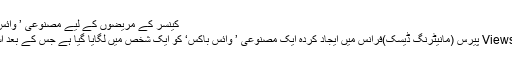
کینسر کے مریضوں کے لیے مصنوعی ’ وائس باکس‘ کی کامیاب آزمائش
جنوری 8, 2017	116 Views پیرس (مانیٹرنگ ڈیسک)فرانس میں ایجاد کردہ ایک مصنوعی ’ وائس باکس‘ کو ایک شخص میں لگایا گیا ہے جس کے بعد اسے بولنے میں مدد ملی ہے۔